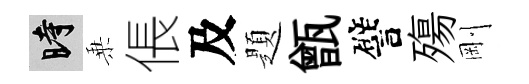
时乗倀及題甑譬殤剛